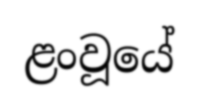
ළංවූයේ